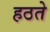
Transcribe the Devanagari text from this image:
हठते